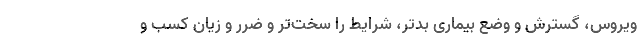
ویروس، گسترش و وضع بیماری بدتر، شرایط را سخت‌تر و ضرر و زیان کسب و